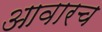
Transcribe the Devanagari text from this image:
आवारच